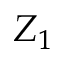
Z _ { 1 }